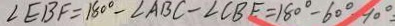
\angle E B F = 1 8 0 ^ { \circ } - \angle A B C - \angle C B E = 1 8 0 ^ { \circ } - 6 0 ^ { \circ } - 9 0 ^ { \circ }